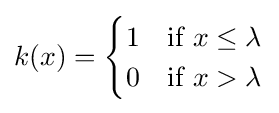
k(x)={\begin{cases}1&{\text{if}}\ x\leq \lambda \\0&{\text{if}}\ x>\lambda \\\end{cases}}